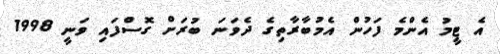
އެ ޓީމު އެންމެ ފަހުން އެމުބާރާތިގެ ދެވަނަ ބުރަށް ގޮސްފައި ވަނީ 1998